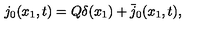
j _ { 0 } ( x _ { 1 } , t ) = Q \delta ( x _ { 1 } ) + \bar { j } _ { 0 } ( x _ { 1 } , t ) ,